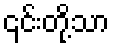
၎င်းတို့သာ